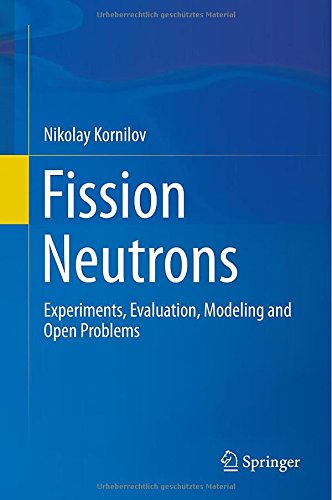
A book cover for Fission Neutrons: Experiments, Evaluation, Modeling and Open Problems; Nikolay Kornilov; Science & Math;